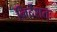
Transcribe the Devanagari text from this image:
निर्देशतः